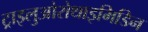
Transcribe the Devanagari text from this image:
ट्राइलुओरोथाइमिडिन